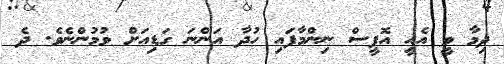
ދިމާ ވީ އެއީ އޮފީސް ނިންމާފައި ހުދާ އަންނަ ގަޑިއަށް ވުމުންނެވެ. ދެ